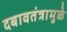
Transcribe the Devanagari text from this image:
दबावतंत्रामुळे